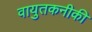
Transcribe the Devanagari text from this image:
वायुतकनीकी